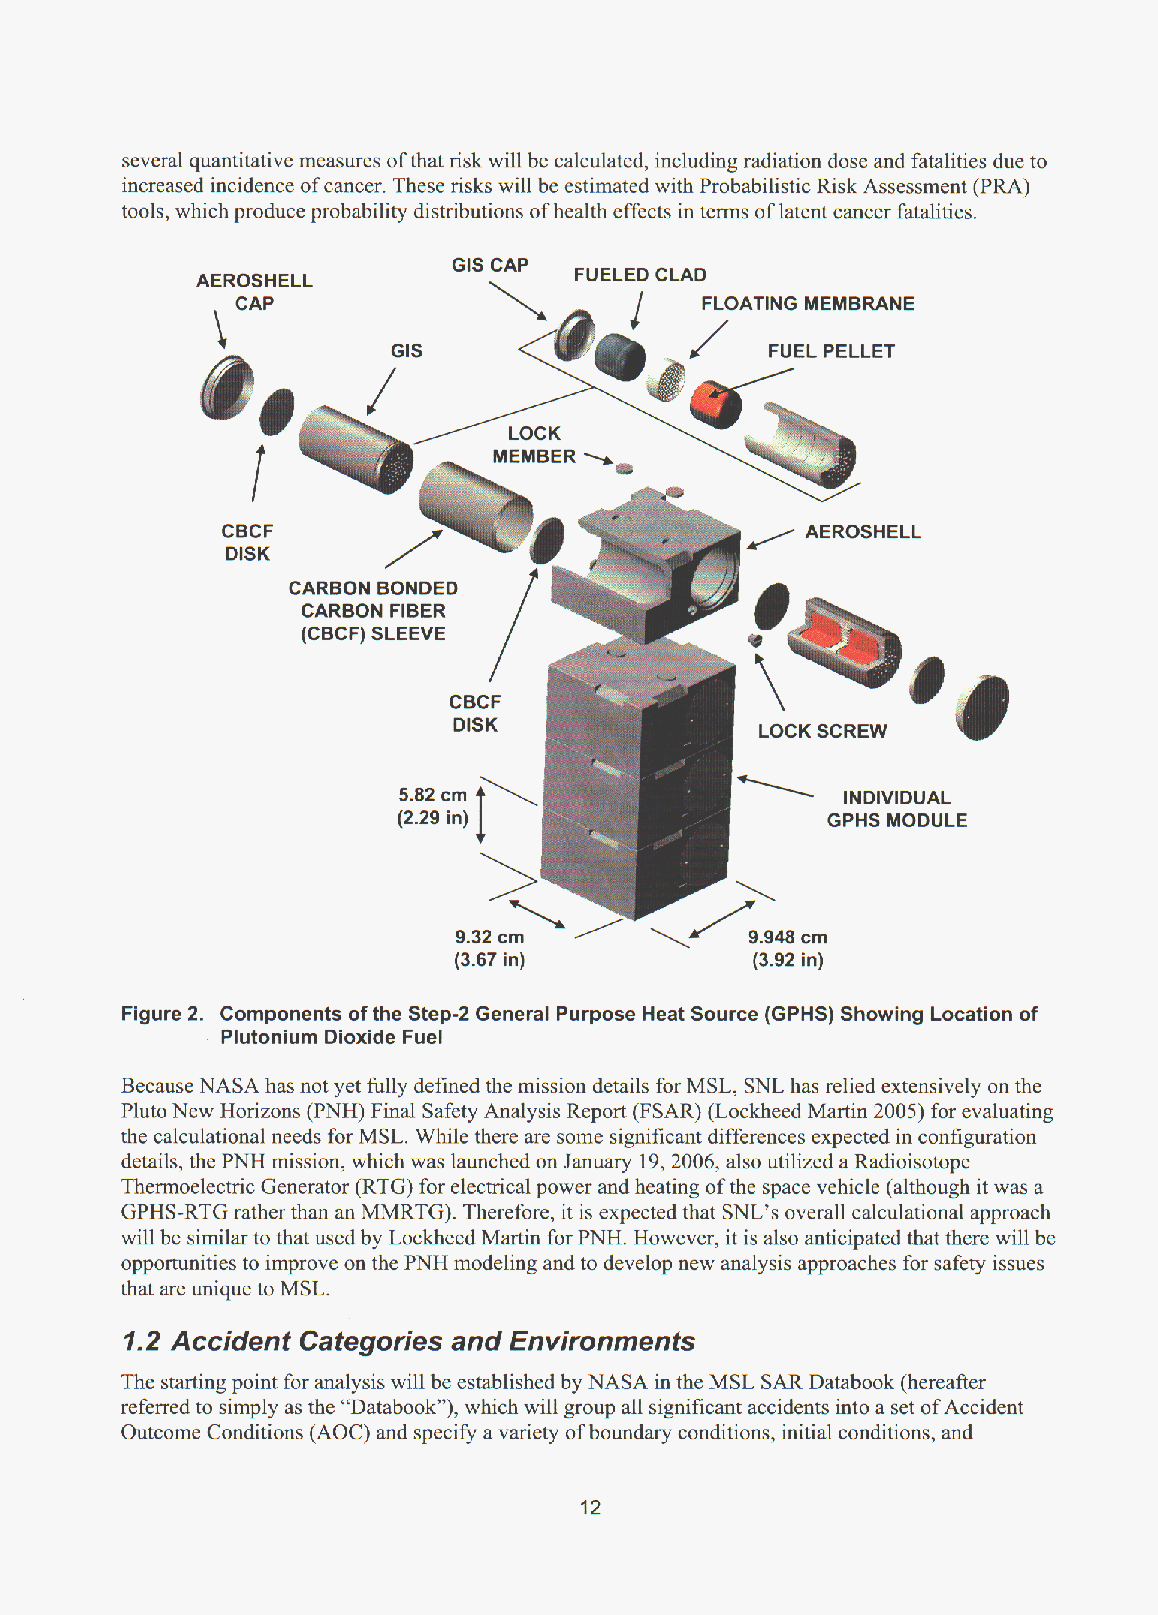
several quantitative measures of that risk will be calculated, including radiation dose and fatalities due to
 increased incidence of cancer. These risks will be estimated with Probabilistic Risk Assessment (PRA)
 tools, which produce probability distributions of health effects in terms of latent cancer fatalities.
 __
 GIS CAP   .  -. .-
 AEROSHELL                FUELtU tiLAU
 FLOATING MEMBRANE
 \
 /
 CAP
 FUELPELLET
 CBCF                              b IAE  ROSHELL
 /     -  I  1
 DISK
 CARBON BONDED
 CARBON FIBER
 (CBCF) SLEEVE
 LOCK SCREW
 INDIVIDUAL
 GPHS MODUlL E
 9.32 cm /-         9.948 cm
 (3.67 in)          (3.92 in)
 Figure 2. Components of the Step-2 General Purpose Heat Source (GPHS) Showing Location of
 Plutonium Dioxide Fuel
 Because NASA has not yet fully defined the mission details for MSL, SNL has relied extensively on the
 Pluto New Horizons (PNH) Final Safety Analysis Report (FSAR) (Lockheed Martin 2005) for evaluating
 the calculational needs for MSL. While there are some significant differences expected in configuration
 details, the PNH mission, which was launched on January 19,2006, also utilized a Radioisotope
 Thermoelectric Generator (RTG) for electrical power and heating of the space vehicle (although it was a
 GPHS-RTG rather than an MMRTG). Therefore, it is expected that SNL’s overall calculational approach
 will be similar to that used by Lockheed Martin for PNH. However, it is also anticipated that there will be
 opportunities to improve on the PNH modeling and to develop new analysis approaches for safety issues
 that are unique to MSL.
 1.2 Accident Categories and Environments
 The starting point for analysis will be established by NASA in the MSL SAR Databook (hereafter
 referred to simply as the “Databook”), which will group all significant accidents into a set of Accident
 Outcome Conditions (AOC) and specify a variety of boundary conditions, initial conditions, and
 12